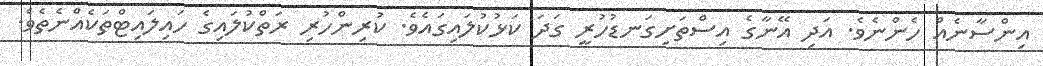
އިންސާނެއް ހެންނެވެ. އަދި އޭނާގެ އިސްތަށިގަނޑުހުރީ ގަދަ ކަޅުކުލައިގައެވެ. ކުރިންހުރި ރަތްކުލައިގެ ހައިލައިޓްތަކެއްނެތެވެ.